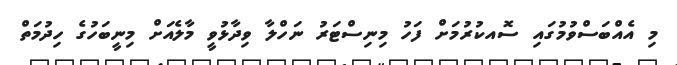
މި އެއްބަސްވުމުގައި ސޮއކުރުމަށް ފަހު މިނިސްޓަރު ނަހްލާ ވިދާޅުވީ މާލެއަށް މިނީބަހުގެ ހިދުމަތް